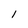
Character: I